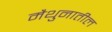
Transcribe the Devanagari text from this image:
मैथुनातील